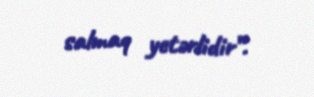
salmaq yetərlidir”.